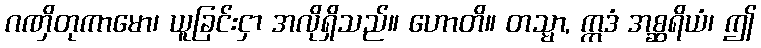
ဂဏှိတုကာမော၊ ယူခြင်းငှာ အလိုရှိသည်။ ဟောတိ။ တသ္မာ, ဣဒံ အစ္ဆရိယံ၊ ဤ